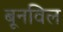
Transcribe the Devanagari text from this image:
बूनविल